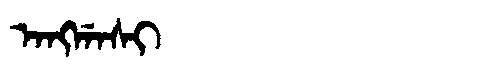
Manchu: ᠠᠩᡤᠠᠰᡳ
Romanization: ANGGASI